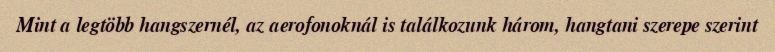
Mint a legtöbb hangszernél, az aerofonoknál is találkozunk három, hangtani szerepe szerint